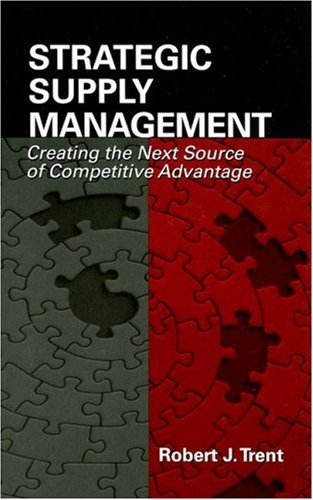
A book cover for Strategic Supply Management: Creating the Next Source of Competitive Advantage; Robert J. Trent; Business & Money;